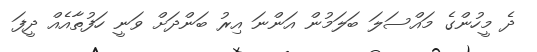
ދެ މީހުންގެ މައްސަލަ ބަލަމުން އަންނަ އިރު ބަންދަށް ވަނީ ހަފުތާއެއް ދީފަ